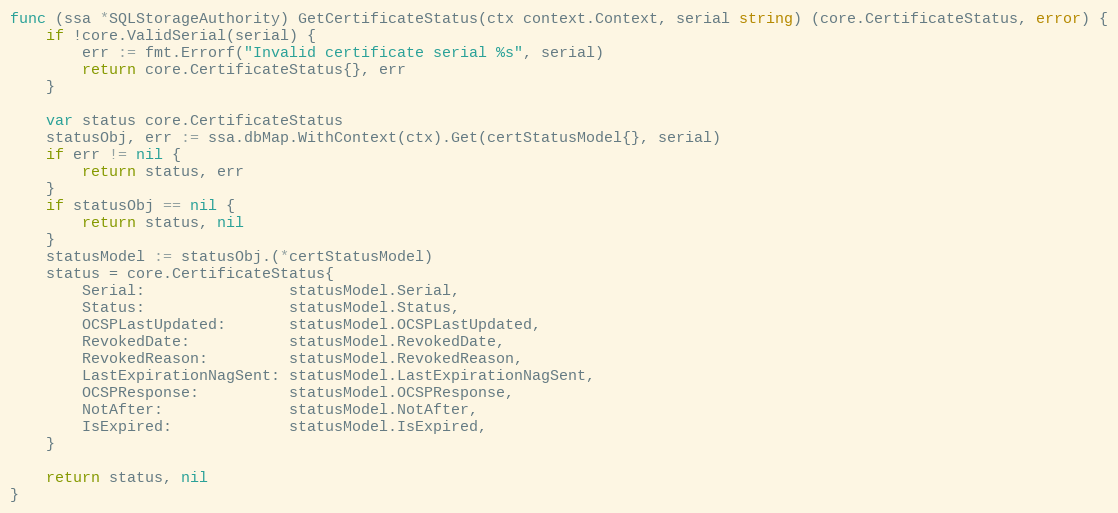
Language: Go
func (ssa *SQLStorageAuthority) GetCertificateStatus(ctx context.Context, serial string) (core.CertificateStatus, error) {
	if !core.ValidSerial(serial) {
		err := fmt.Errorf("Invalid certificate serial %s", serial)
		return core.CertificateStatus{}, err
	}

	var status core.CertificateStatus
	statusObj, err := ssa.dbMap.WithContext(ctx).Get(certStatusModel{}, serial)
	if err != nil {
		return status, err
	}
	if statusObj == nil {
		return status, nil
	}
	statusModel := statusObj.(*certStatusModel)
	status = core.CertificateStatus{
		Serial:                statusModel.Serial,
		Status:                statusModel.Status,
		OCSPLastUpdated:       statusModel.OCSPLastUpdated,
		RevokedDate:           statusModel.RevokedDate,
		RevokedReason:         statusModel.RevokedReason,
		LastExpirationNagSent: statusModel.LastExpirationNagSent,
		OCSPResponse:          statusModel.OCSPResponse,
		NotAfter:              statusModel.NotAfter,
		IsExpired:             statusModel.IsExpired,
	}

	return status, nil
}